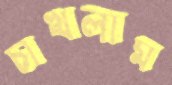
চাখলাম